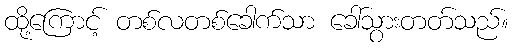
ထို့ကြောင့် တစ်လတစ်ခေါက်သာ ခေါ်သွားတတ်သည်။